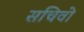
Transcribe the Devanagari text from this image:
सचिवो